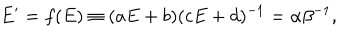
LaTeX: E ^ { \prime } = f ( E ) \equiv ( a E + b ) ( c E + d ) ^ { - 1 } = \alpha \beta ^ { - 1 } ,